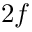
2 f